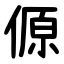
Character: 傆